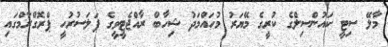
މާލޭ ސިޓީ ކައުންސިލްގެ ކުރީގެ މޭޔަރު މުހައްމަދު ޝިހާބް ރާއްޖެޓީވީގެ ފަލަސުރުހީ ޕްރޮގްރާމްގައި